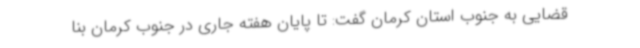
قضایی به جنوب استان کرمان گفت: تا پایان هفته جاری در جنوب کرمان بنا